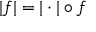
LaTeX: | f | = | \cdot | \circ f